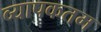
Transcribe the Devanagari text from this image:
व्यापकतम